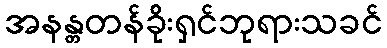
အနန္တတန်ခိုးရှင်ဘုရားသခင်